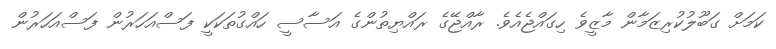
ކަމަށް ގަބޫލުކުރިޒަމާން މާޒީވެ ހިގައްޖެއެވެ. ރާއްޖޭގެ ރައްޔިތުންގެ އަސާސީ ހައްގުތަކަކީ ފަސްއަހަރުން ފަސްއަހަރުން